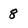
Character: 8